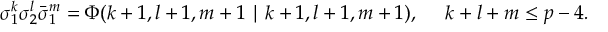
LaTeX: { \cal { L } } _ { \mathrm { a n o m a l y } } = \frac { a } { f } \left[ \frac { \alpha _ { s } } { 8 \pi } G _ { a } ^ { \mu \nu } \tilde { G } _ { a \mu \nu } + 3 q _ { X } ^ { 2 } \frac { \alpha _ { s } } { 4 \pi } F _ { \mu \nu } \tilde { F } ^ { \mu \nu } \right] ~ ,